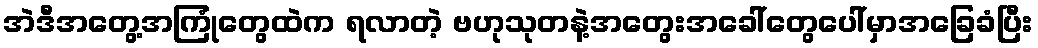
အဲဒီအတွေ့အကြုံတွေထဲက ရလာတဲ့ ဗဟုသုတနဲ့အတွေးအခေါ်တွေပေါ်မှာအခြေခံပြီး